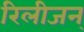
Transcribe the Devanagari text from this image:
रिलीजन्